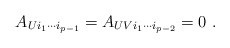
\begin{align*}A_{Ui_1 \cdots i_{p-1}} = A_{UVi_1 \cdots i_{p-2}} = 0 ~.\end{align*}